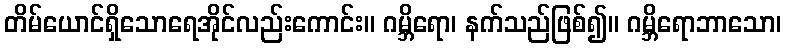
တိမ်ယောင်ရှိသောရေအိုင်လည်းကောင်း။ ဂမ္ဘိရော၊ နက်သည်ဖြစ်၍။ ဂမ္ဘိရောဘာသော၊